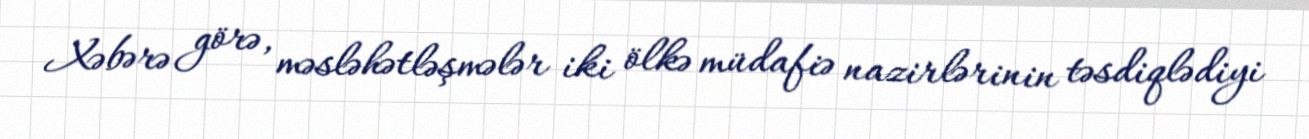
Xəbərə görə, məsləhətləşmələr iki ölkə müdafiə nazirlərinin təsdiqlədiyi